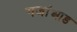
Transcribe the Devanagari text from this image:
गजांआड